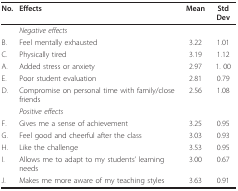
<table><thead><tr><td><b>No.</b></td><td><b>Effects</b></td><td><b>Mean</b></td><td><b>Std Dev</b></td></tr></thead><tbody><tr><td></td><td><i>Negative effects</i></td><td></td><td></td></tr><tr><td>B.</td><td>Feel mentally exhausted</td><td>3.22</td><td>1.01</td></tr><tr><td>C.</td><td>Physically tired</td><td>3.19</td><td>1.12</td></tr><tr><td>A.</td><td>Added stress or anxiety</td><td>2.97</td><td>1. 00</td></tr><tr><td>E.</td><td>Poor student evaluation</td><td>2.81</td><td>0.79</td></tr><tr><td>D.</td><td>Compromise on personal time with family/close friends</td><td>2.56</td><td>1.08</td></tr><tr><td></td><td><i>Positive effects</i></td><td></td><td></td></tr><tr><td>F.</td><td>Gives me a sense of achievement</td><td>3.25</td><td>0.95</td></tr><tr><td>G.</td><td>Feel good and cheerful after the class</td><td>3.03</td><td>0.93</td></tr><tr><td>H.</td><td>Like the challenge</td><td>3.53</td><td>0.95</td></tr><tr><td>I.</td><td>Allows me to adapt to my students&#x27; learning needs</td><td>3.00</td><td>0.67</td></tr><tr><td>J.</td><td>Makes me more aware of my teaching styles</td><td>3.63</td><td>0.91</td></tr></tbody></table>